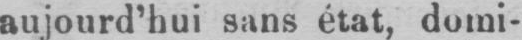
aujourd’hui sans état, domi-